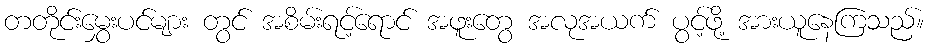
တတိုင်းမွှေးပင်များ တွင် အစိမ်းရင့်ရောင် အဖူးတွေ အလုအယက် ပွင့်ဖို့ အားယူနေကြသည်။